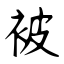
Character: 被